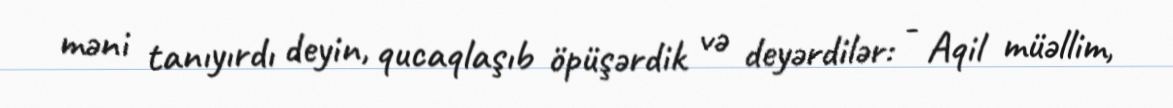
məni tanıyırdı deyin, qucaqlaşıb öpüşərdik və deyərdilər: - Aqil müəllim,